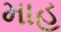
માહ